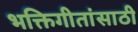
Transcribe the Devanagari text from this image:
भक्तिगीतांसाठी